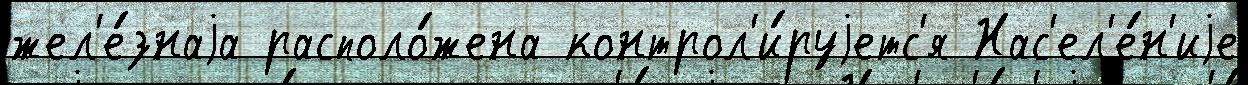
жел'е́знаjа располо́жена контрол'и́руjетс'я Нас'ел'е́н'иjе